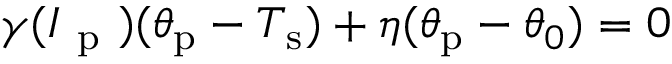
\gamma ( I _ { \mathrm { ~ p ~ } } ) ( \theta _ { \mathrm { p } } - T _ { \mathrm { s } } ) + \eta ( \theta _ { \mathrm { p } } - \theta _ { 0 } ) = 0